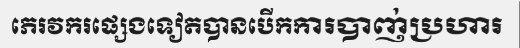
ភេរវករផ្សេងទៀតបានបើកការបាញ់ប្រហារ